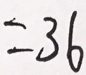
= 3 6